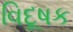
વિદૂષક